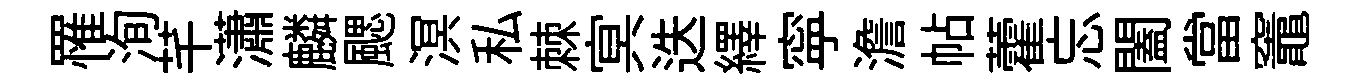
罹洵芊瀟麟颸溟私棘㝠迭繹寜澹帖藿忘闔當竈